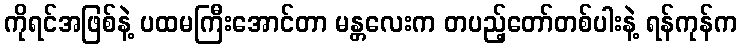
ကိုရင်အဖြစ်နဲ့ ပထမကြီးအောင်တာ မန္တလေးက တပည့်တော်တစ်ပါးနဲ့ ရန်ကုန်က